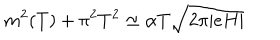
m ^ { 2 } ( T ) + \pi ^ { 2 } T ^ { 2 } \simeq \alpha T \sqrt { 2 \pi | e H | }